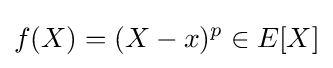
f(X)=(X-x)^{p}\in E[X]